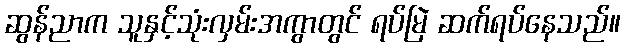
ဆွန်ညာက သူနှင့်သုံးလှမ်းအကွာတွင် ရပ်မြဲ ဆက်ရပ်နေသည်။